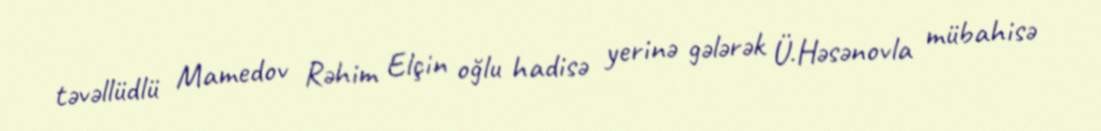
təvəllüdlü Mamedov Rəhim Elçin oğlu hadisə yerinə gələrək Ü.Həsənovla mübahisə